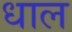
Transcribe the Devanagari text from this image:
धाल